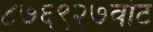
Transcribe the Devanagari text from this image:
८७६९२७वोट